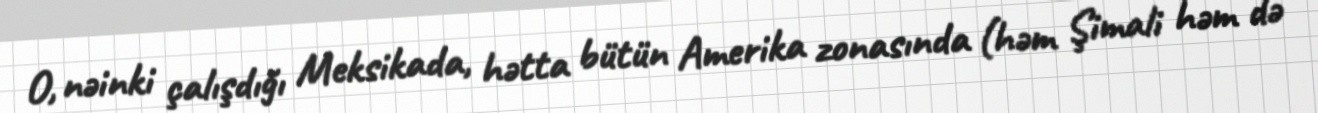
O, nəinki çalışdığı Meksikada, hətta bütün Amerika zonasında (həm Şimali həm də